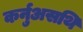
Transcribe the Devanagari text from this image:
कर्नुअसथि